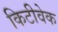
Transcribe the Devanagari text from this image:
किटीवेक